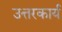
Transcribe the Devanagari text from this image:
उत्तरकार्य